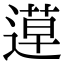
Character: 𨕡